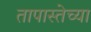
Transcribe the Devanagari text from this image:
तापास्तेच्या